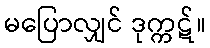
မပြောလျှင် ဒုက္ကဋ်။